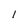
Character: l